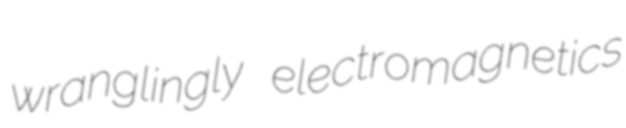
wranglingly electromagnetics